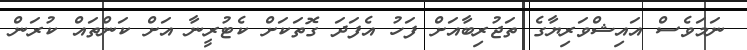
ނަމަވެސް އައިޝްވަރިޔާގެ ތަޖުރިބާއަށް ފަހު އެފަދަ ގޮތަކަށް ކެޓުރީނާ އަށް ކަންތައް ކުރަން